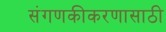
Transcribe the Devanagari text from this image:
संगणकीकरणासाठी